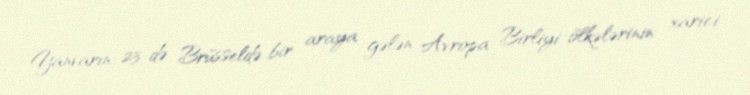
Yanvarın 23-də Brüsseldə bir araya gələn Avropa Birliyi ölkələrinin xarici